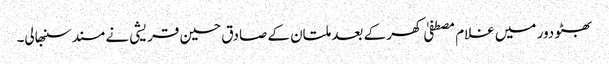
بھٹو دور میں غلام مصطفیٰ کھر کے بعد ملتان کے صادق حسین قریشی نے مسند سنبھالی۔